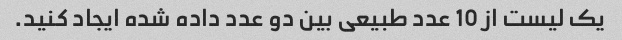
یک لیست از 10 عدد طبیعی بین دو عدد داده شده ایجاد کنید.